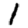
Digit: 1